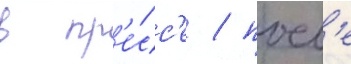
в пр'е́сс'е / посл'е